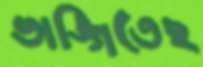
ভাঙ্গিতেছ